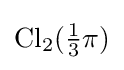
{\text{Cl}}_{2}({\tfrac {1}{3}}\pi )